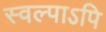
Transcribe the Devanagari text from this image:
स्वल्पाऽपि